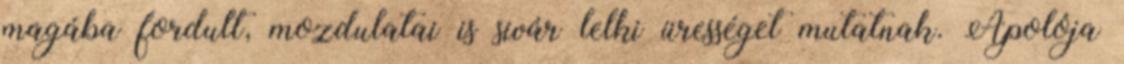
magába fordult, mozdulatai is sivár lelki ürességet mutatnak. Ápolója